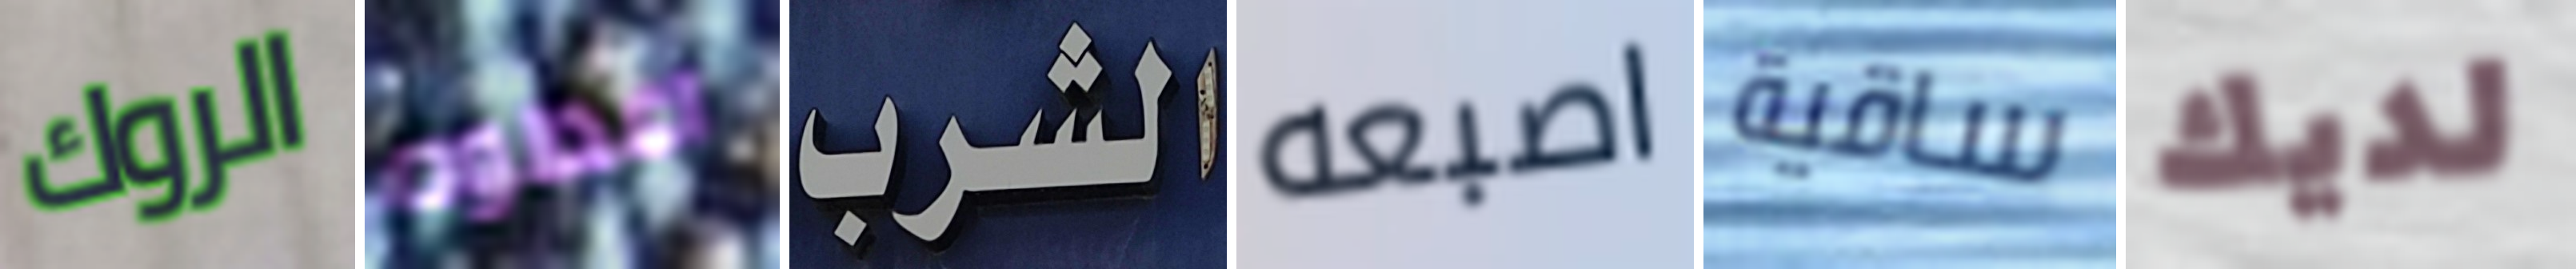
الروك اعطوه الشرب اصبعه ساقية لديك